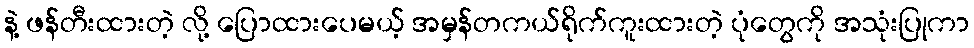
နဲ့ ဖန်တီးထားတဲ့ လို့ ပြောထားပေမယ့် အမှန်တကယ်ရိုက်ကူးထားတဲ့ ပုံတွေကို အသုံးပြုကာ